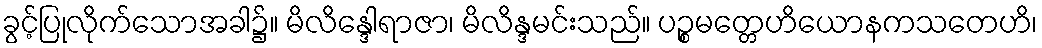
ခွင့်ပြုလိုက်သောအခါ၌။ မိလိန္ဒေါရာဇာ၊ မိလိန္ဒမင်းသည်။ ပဉ္စမတ္တေဟိယောနကသတေဟိ၊